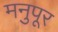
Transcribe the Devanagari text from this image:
मनुपूर